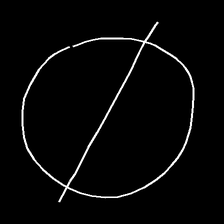
Glyph: orb